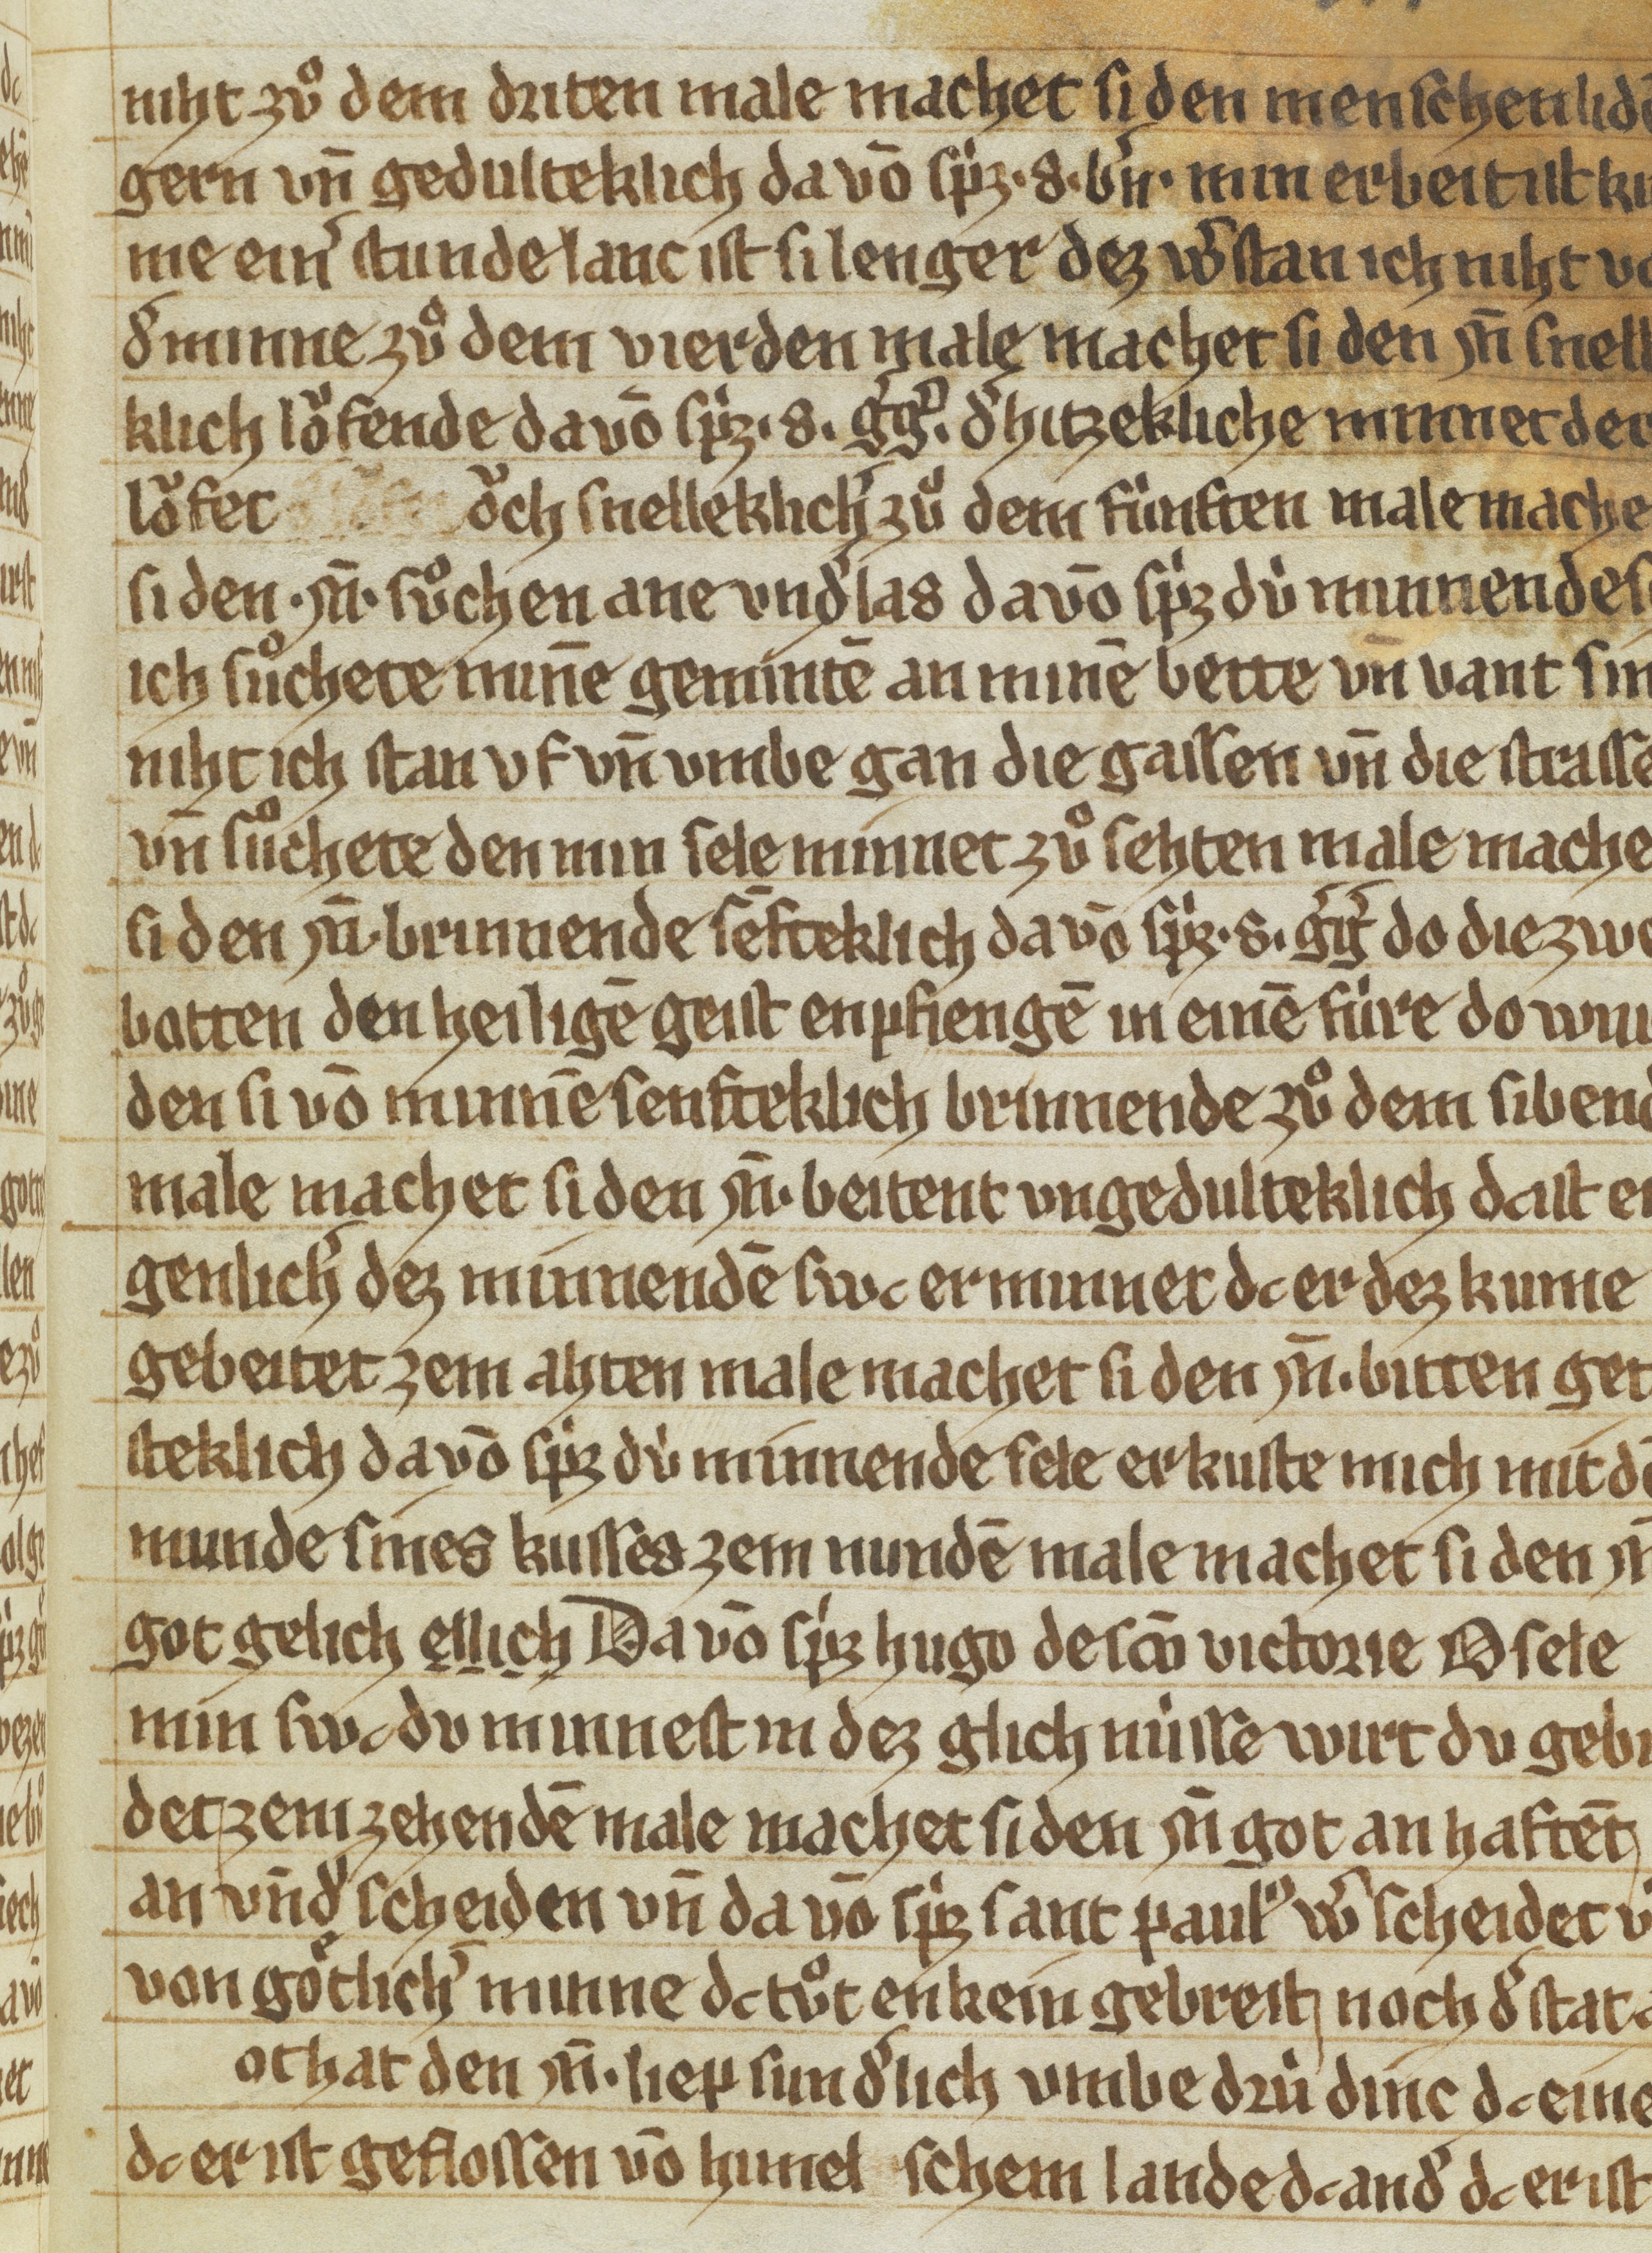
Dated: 1300–1399